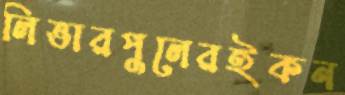
লিভারপুলেরইকন